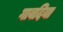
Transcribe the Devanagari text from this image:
गावदिया